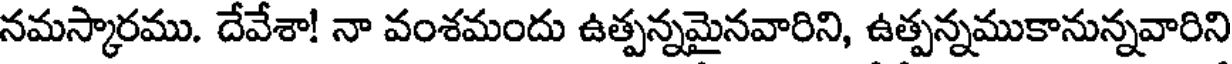
నమస్కారము. దేవేశా! నా వంశమందు ఉత్పన్నమైనవారిని, ఉత్పన్నముకానున్నవారిని